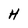
Character: H